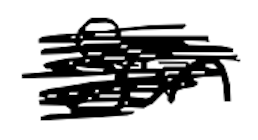
Text: son
Cross-out: scratch
Writing tool: digital_black